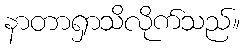
နာတာရှာသိလိုက်သည်။